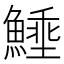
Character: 𩺖